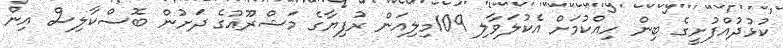
ކުޅުދުއްފުށީގެ ބިން ހިއްކުމަށް އެކުލަވާލި 109މިލިއަން ރުފިޔާގެ މަޝްރޫއުގެ ދަށުން ބޮސްކާލިސް އިން